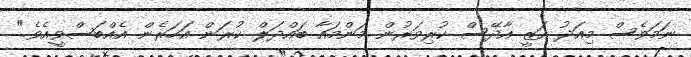
ނަމަވެސް މިއަދު އަޒީ އާދޭސް ކުރިވަރުން މަންމައާ ބައްދަލް ކުރަން އަހަރެން އެއްބަސްވީއެވެ."